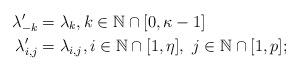
LaTeX: \begin{align*}\lambda_{-k}' &= \lambda_{k}, k\in\mathbb{N}\cap[0,\kappa-1]\\\lambda_{i,j}' &= \lambda_{i,j}, i\in\mathbb{N}\cap[1,\eta], \ j\in\mathbb{N}\cap[1,p];\end{align*}